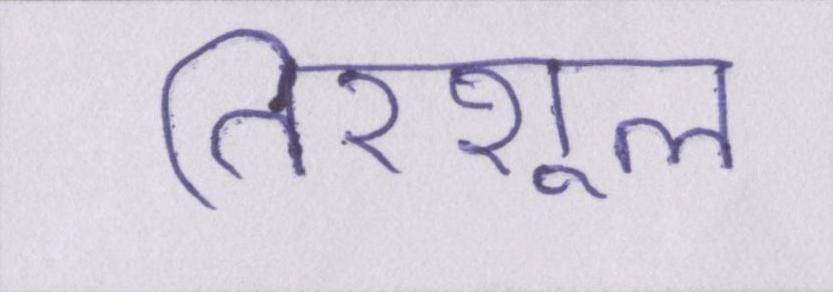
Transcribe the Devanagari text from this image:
तिरशूल